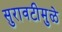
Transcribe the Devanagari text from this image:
सुरावटीमुळे